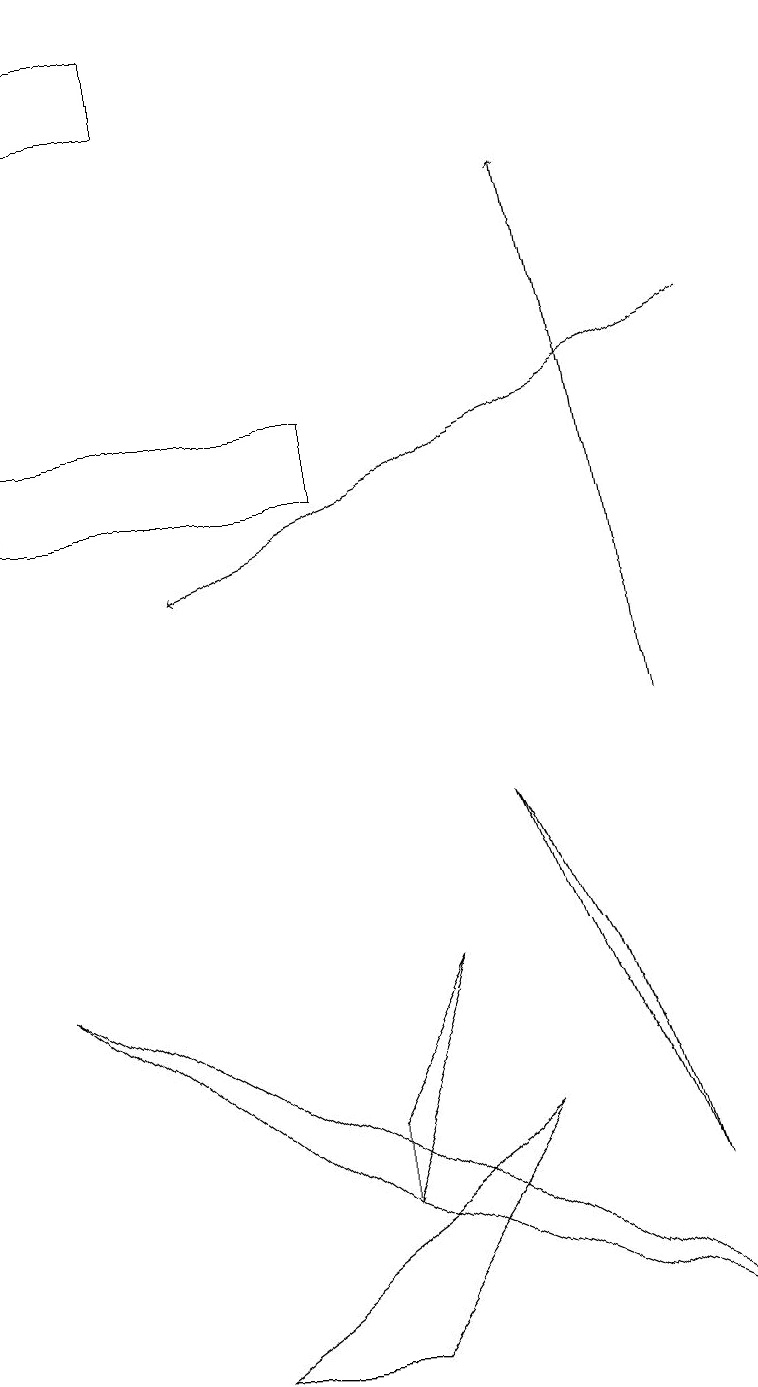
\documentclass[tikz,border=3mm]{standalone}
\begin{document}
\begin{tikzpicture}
\draw[->] (9,15) -- (2,12);
\draw[->] (8,10) -- (7,17);
\draw (6,9) -- (7,7) -- (8,4) -- cycle;
\draw (2,2) -- (6,5) -- (4,2) -- cycle;
\draw (4,5) -- (4,4) -- (5,7) -- cycle;
\draw (0,19) rectangle (2,18);
\draw (9,2) -- (0,7) -- (4,4) -- cycle;
\draw (0,14) rectangle (4,13);
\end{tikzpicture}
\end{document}